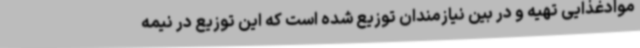
موادغذایی تهیه و در بین نیازمندان توزیع شده است که این توزیع در نیمه